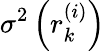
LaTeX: \sigma^{2}\left(r_{k}^{(i)}\right)